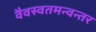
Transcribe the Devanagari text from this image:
वैवस्वतमन्वन्तर